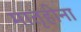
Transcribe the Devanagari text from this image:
मातृहीना